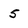
Character: 5